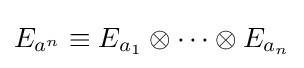
E_{a^{n}}\equiv E_{a_{1}}\otimes \cdots \otimes E_{a_{n}}